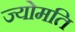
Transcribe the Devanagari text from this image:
ज्योमति